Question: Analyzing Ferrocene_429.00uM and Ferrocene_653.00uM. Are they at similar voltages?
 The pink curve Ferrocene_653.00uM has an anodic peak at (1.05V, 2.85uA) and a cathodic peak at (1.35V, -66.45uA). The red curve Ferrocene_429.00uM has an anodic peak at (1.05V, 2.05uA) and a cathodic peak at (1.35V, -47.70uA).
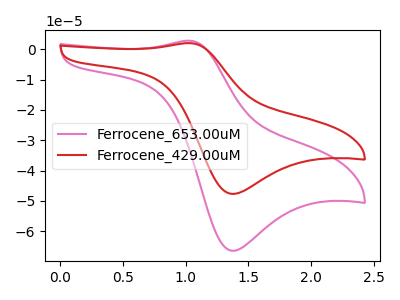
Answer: <think>All the peaks in "Ferrocene_429.00uM" have a peak in "Ferrocene_653.00uM" at the same potential. Every peak in "Ferrocene_429.00uM" is lower than every peak in "Ferrocene_653.00uM".
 </think>
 <answer>"Ferrocene_429.00uM" and "Ferrocene_653.00uM" are similar in shape.</answer>
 <eval>same_shape</eval>